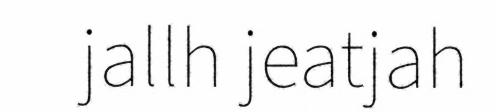
jallh jeatjah